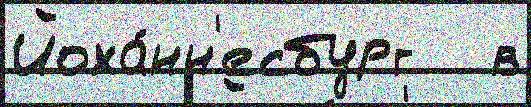
Йоха́нн'есбург   в